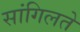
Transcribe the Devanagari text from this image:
सांगिलते